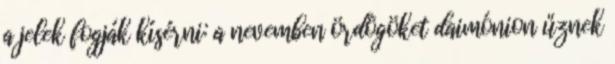
a jelek fogják kísérni: a nevemben ördögöket daimónion űznek